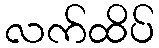
လက်ထိပ်